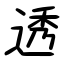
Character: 透